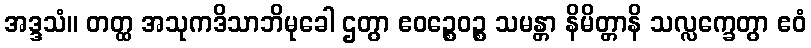
အဒ္ဒသံ။ တတ္ထ အသုကဒိသာဘိမုခေါ ဌတွာ ဧဝဉ္စေဝဉ္စ သမန္တာ နိမိတ္တာနိ သလ္လက္ခေတွာ ဧဝံ